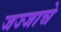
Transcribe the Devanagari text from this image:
जज्जाचे